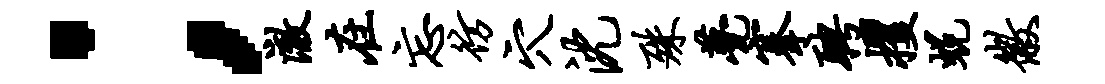
；澈在忘彷穴沈殊甍搴聘攫蜕徽